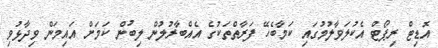
އޮޑިޓް ރިޕޯޓް އެކުލަވާލުމުގައި ކަމާބެހޭ ފަރާތްތަކުގެ އެއްބާރުލުން ލިބުން ކަމަށް އައިމަން ވިދާޅުވި